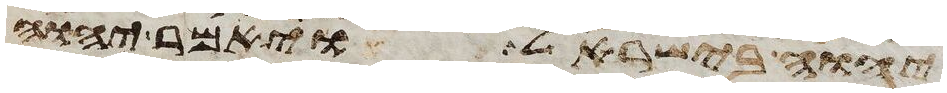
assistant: יהוה בישראל ויאמר יהוה